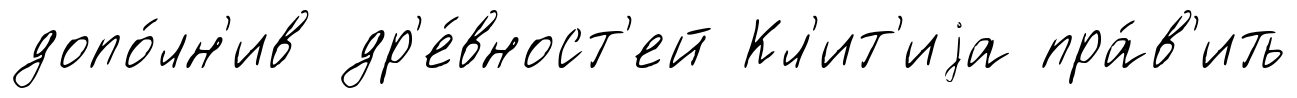
допо́лн'ив др'е́вност'ей Кл'ит'иjа пра́в'ить